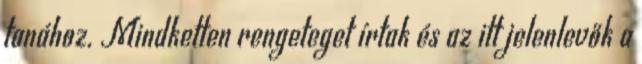
tanához. Mindketten rengeteget írtak és az itt jelenlevők a